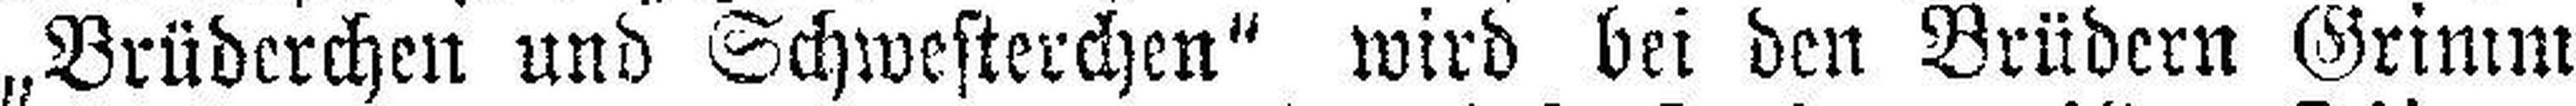
„Brüderchen und Schwesterchen“ wird bei den Brüdern Grimm